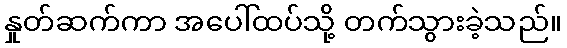
နှုတ်ဆက်ကာ အပေါ်ထပ်သို့ တက်သွားခဲ့သည်။